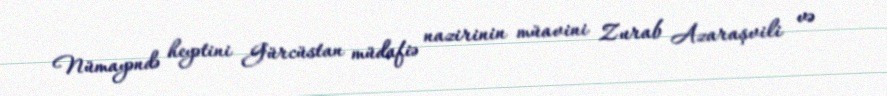
Nümayəndə heyətini Gürcüstan müdafiə nazirinin müavini Zurab Azaraşvili və